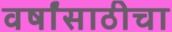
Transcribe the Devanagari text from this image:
वर्षांसाठीचा